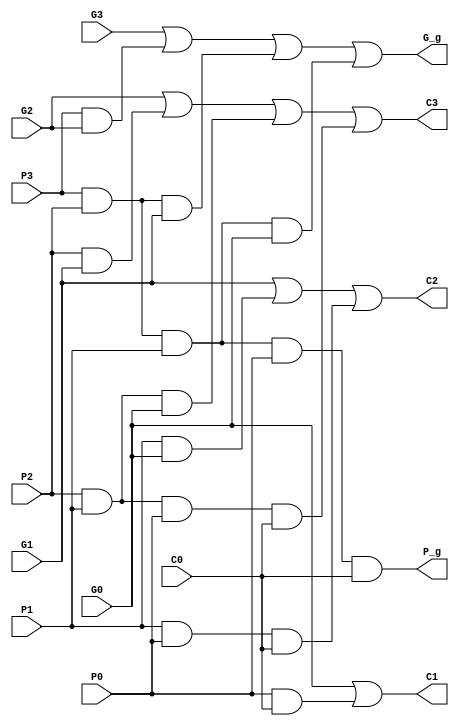
module ahead4(C0,G0,P0,G1,P1,G2,P2,G3,P3,C1,C2,C3,G_g,P_g);

input C0,G0,P0,G1,P1,G2,P2,G3,P3;
output C1,C2,C3,G_g,P_g;

assign C1=G0 | (P0 & C0);
assign C2=G1 | (P1 & G0) | (P1 & P0 & C0);
assign C3=G2 | (P2 & G1) | (P2 & P1 & G0) | (P2 & P1 & P0 & C0);
assign G_g=G3 | (P3 & G2) |(P3 & P2 & G1) | (P3 & P2 & P1 & G0);
assign P_g= P3 & P2 & P1 & P0 & C0;


endmodule